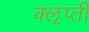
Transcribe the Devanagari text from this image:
क्‍ऌप्ती